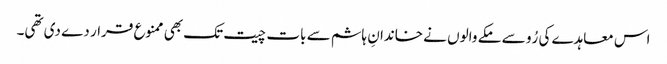
اس معاہدے کی رُو سے مکے والوں نے خاندانِ ہاشم سے بات چیت تک بھی ممنوع قرار دے دی تھی۔